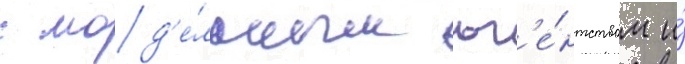
с мод'е́льным аг'е́нтством и́